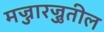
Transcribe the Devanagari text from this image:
मज्जारज्जुतील